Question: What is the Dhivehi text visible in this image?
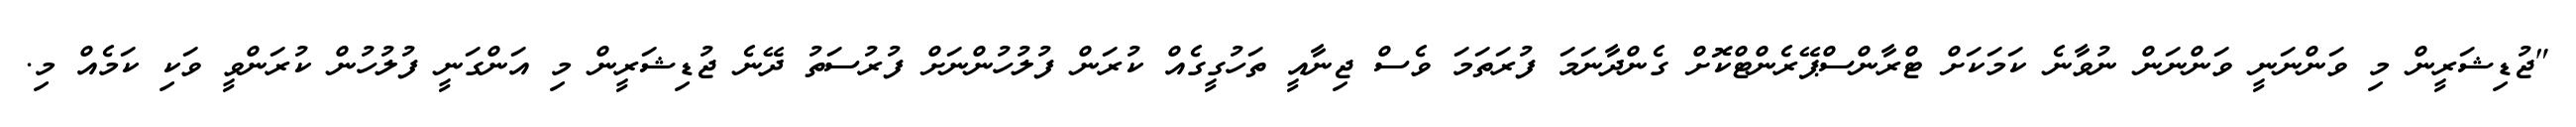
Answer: "ޖުޑިޝަރީން މި ވަންނަނީ ވަންނަން ނުވާނެ ކަމަކަށް ޓްރާންސްޕޭރެންޓްކޮށް ގެންދާނަމަ ފުރަތަމަ ވެސް ޖިނާއީ ތަހުގީގެއް ކުރަން ފުލުހުންނަށް ފުރުސަތު ދޭނެ ޖުޑިޝަރީން މި އަންގަނީ ފުލުހުން ކުރަންވީ ވަކި ކަމެއް މި.